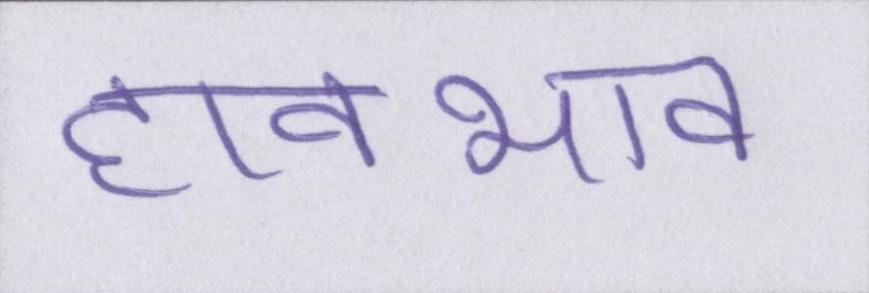
हावभाव